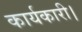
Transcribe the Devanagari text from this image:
कार्यकारी।